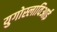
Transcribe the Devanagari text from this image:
युगोस्लाविआई